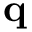
{ \bf q }